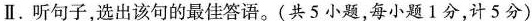
Ⅱ.听句子,选出该句的最佳答语。(共5小题,每小题1分,计5分)